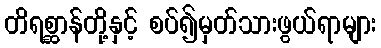
တိရစ္ဆာန်တို့နှင့် စပ်၍မှတ်သားဖွယ်ရာများ